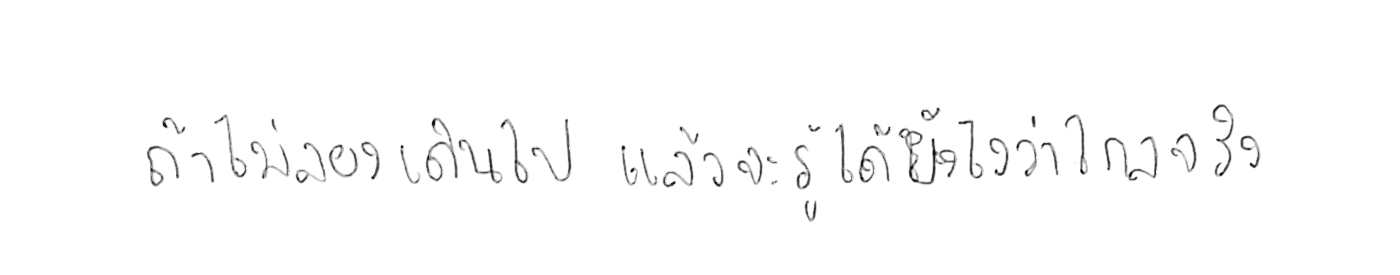
ถ้าไม่ลองเดินไป แล้วจะรู้ได้ยังไงว่าไกลจริง